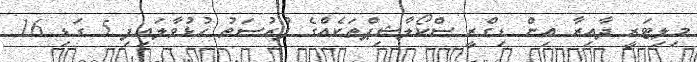
މިލިޓަރީ ދާއިރާ އިން ޑިގްރީ ސްކޯލާޝިޕްތަކެއްގެ ފުރުސަތު ހުޅުވާލައިފި 5 ގަޑި 16